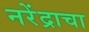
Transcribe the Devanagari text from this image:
नरेंद्राचा